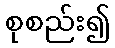
စုစည်း၍